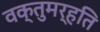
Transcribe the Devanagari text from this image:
वक्तुमर्हति